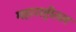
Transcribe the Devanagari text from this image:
महाराष्ट्रीतल